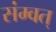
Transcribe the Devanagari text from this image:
संम्वत्